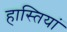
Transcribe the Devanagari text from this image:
हास्तियां